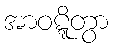
အာဝဋ္ဋိတွာ